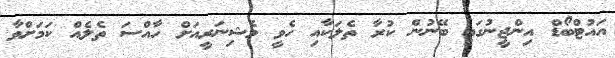
އައުޓްބޯޑް އިންޖީނުގައި ބޭނުން ކުރާ ތެލަަކާއި ހެވީ މެޝިނަރީއަށް ހާއްސަ ތެލެއް ކަމަށްވާ